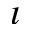
\imath